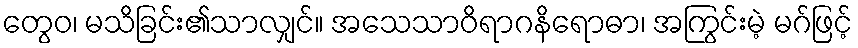
တွေဝ၊ မသိခြင်း၏သာလျှင်။ အသေသာဝိရာဂနိရောဓာ၊ အကြွင်းမဲ့ မဂ်ဖြင့်